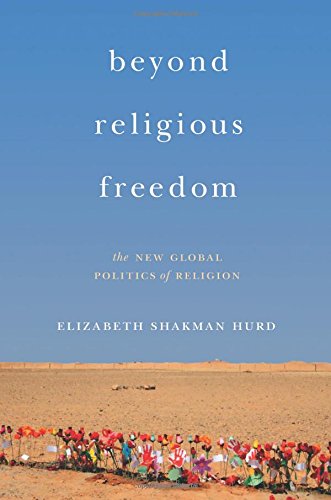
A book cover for Beyond Religious Freedom: The New Global Politics of Religion; Elizabeth Shakman Hurd; Religion & Spirituality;